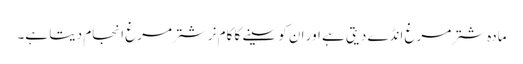
مادہ شتر مرغ انڈے دیتی ہے اور ان کو سینے کا کام نر شترمرغ انجام دیتا ہے۔